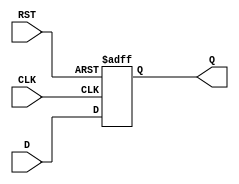
module FlipFlopRegister #(
    parameter WIDTH = 8 // Parameter to define the width of the register
)(
    input wire [WIDTH-1:0] D,     // Data input
    input wire CLK,                // Clock input
    input wire RST,                // Reset input
    output reg [WIDTH-1:0] Q       // Data output
);

// Asynchronous reset behavior
always @(posedge CLK or posedge RST) begin
    if (RST) begin
        Q <= {WIDTH{1'b0}}; // Reset all bits to 0
    end else begin
        Q <= D; // Capture data on the rising edge of the clock
    end
end

endmodule